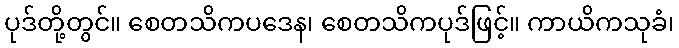
ပုဒ်တို့တွင်။ စေတသိကပဒေန၊ စေတသိကပုဒ်ဖြင့်။ ကာယိကသုခံ၊